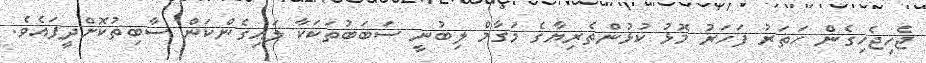
ޖެހިޖެހިގެން ހަތަރު ފަހަރު މޮޅު ކުޅުންތެރިޔާގެ މަގާމް ލިބުނީ ސަބަބުތަކަކާ ލައިގެންކަން ސާބިތުކޮށްދީފައެވެ.